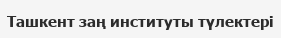
Ташкент заң институты түлектері